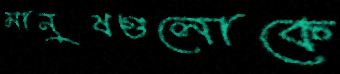
মানুষগুলোকে